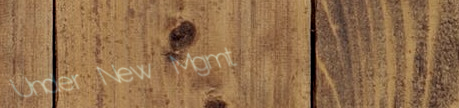
Under New Mgmt